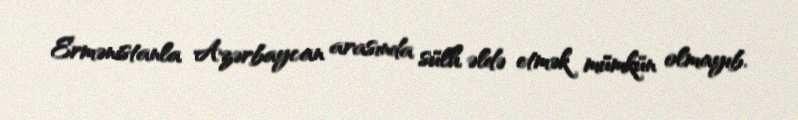
Ermənistanla Azərbaycan arasında sülh əldə etmək mümkün olmayıb.